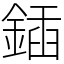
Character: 鍤